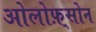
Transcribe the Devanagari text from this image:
ओलोफ़्सोन